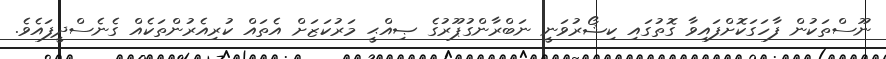
ނޫސްތަކުން ފާހަގަކޮށްފައިވާ ގޮތުގައި ކިޝޯރުވަނީ ނަބްރާންގުޕޫރުގެ ޞިއްޙީ މަރުކަޒަށް އެތައް ކުރިއެރުންތަކެއް ގެނެސްދީފައެވެ.